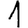
Digit: 1